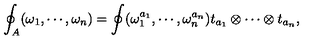
\oint _ { A } ( \omega _ { 1 } , \cdots , \omega _ { n } ) = \oint ( \omega _ { 1 } ^ { a _ { 1 } } , \cdots , \omega _ { n } ^ { a _ { n } } ) t _ { a _ { 1 } } \otimes \cdots \otimes t _ { a _ { n } } ,